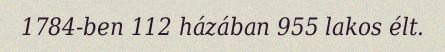
1784-ben 112 házában 955 lakos élt.